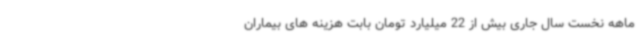
ماهه نخست سال جاری بیش از 22 میلیارد تومان بابت هزینه های بیماران